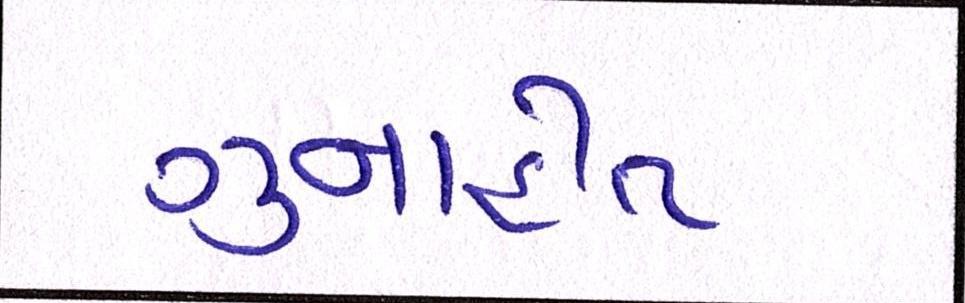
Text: ગુનાહીત